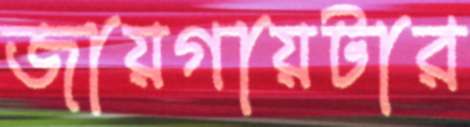
জায়গায়টার